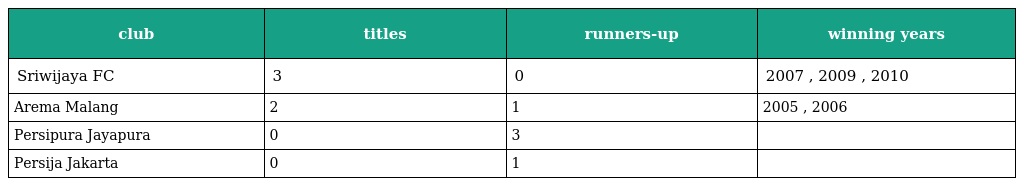
| club | titles | runners-up | winning years |
 | --- | --- | --- | --- |
 | Sriwijaya FC | 3 | 0 | 2007 , 2009 , 2010 |
 | Arema Malang | 2 | 1 | 2005 , 2006 |
 | Persipura Jayapura | 0 | 3 |  |
 | Persija Jakarta | 0 | 1 |  |